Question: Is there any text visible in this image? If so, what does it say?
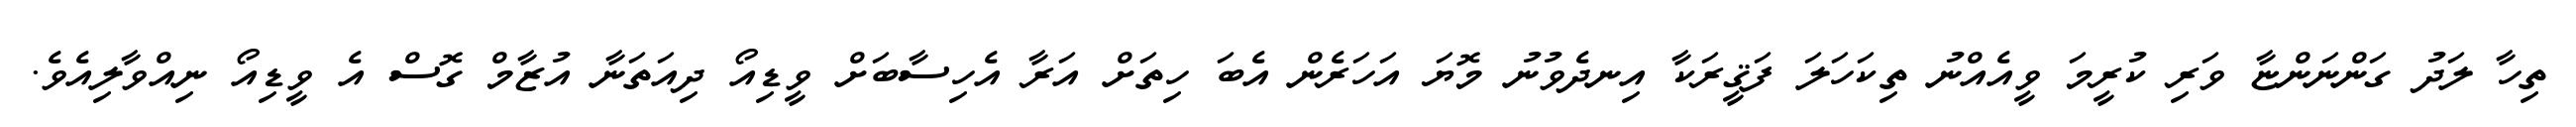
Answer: ތިހާ ލަދު ގަންނަންޏާ ވަރި ކުރީމަ ވީއެއްނު ތިކަހަލަ ފަޤީރަކާ އިނދެވުނު މޮޔަ އަހަރެން އެބަ ހިތަށް އަރާ އެހިސާބަށް ވީޑިއޯ ދިއަތަނާ އުޒާމް ގޮސް އެ ވީޑިއޯ ނިއްވާލިއެވެ.